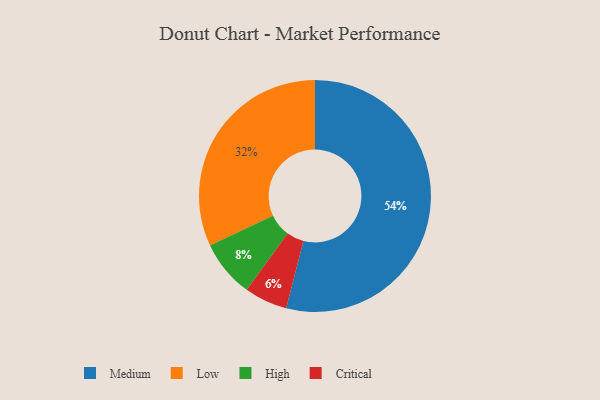
{"axis": {"x": "Category", "y": "Percentage"}, "legend": ["Critical", "High", "Low", "Medium"], "data": [{"x": "High", "y": 8, "type": "High"}, {"x": "Low", "y": 32, "type": "Low"}, {"x": "Critical", "y": 6, "type": "Critical"}, {"x": "Medium", "y": 54, "type": "Medium"}]}